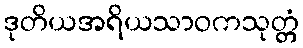
ဒုတိယအရိယသာဝကသုတ္တံ